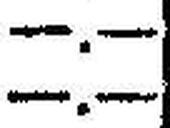
—.—